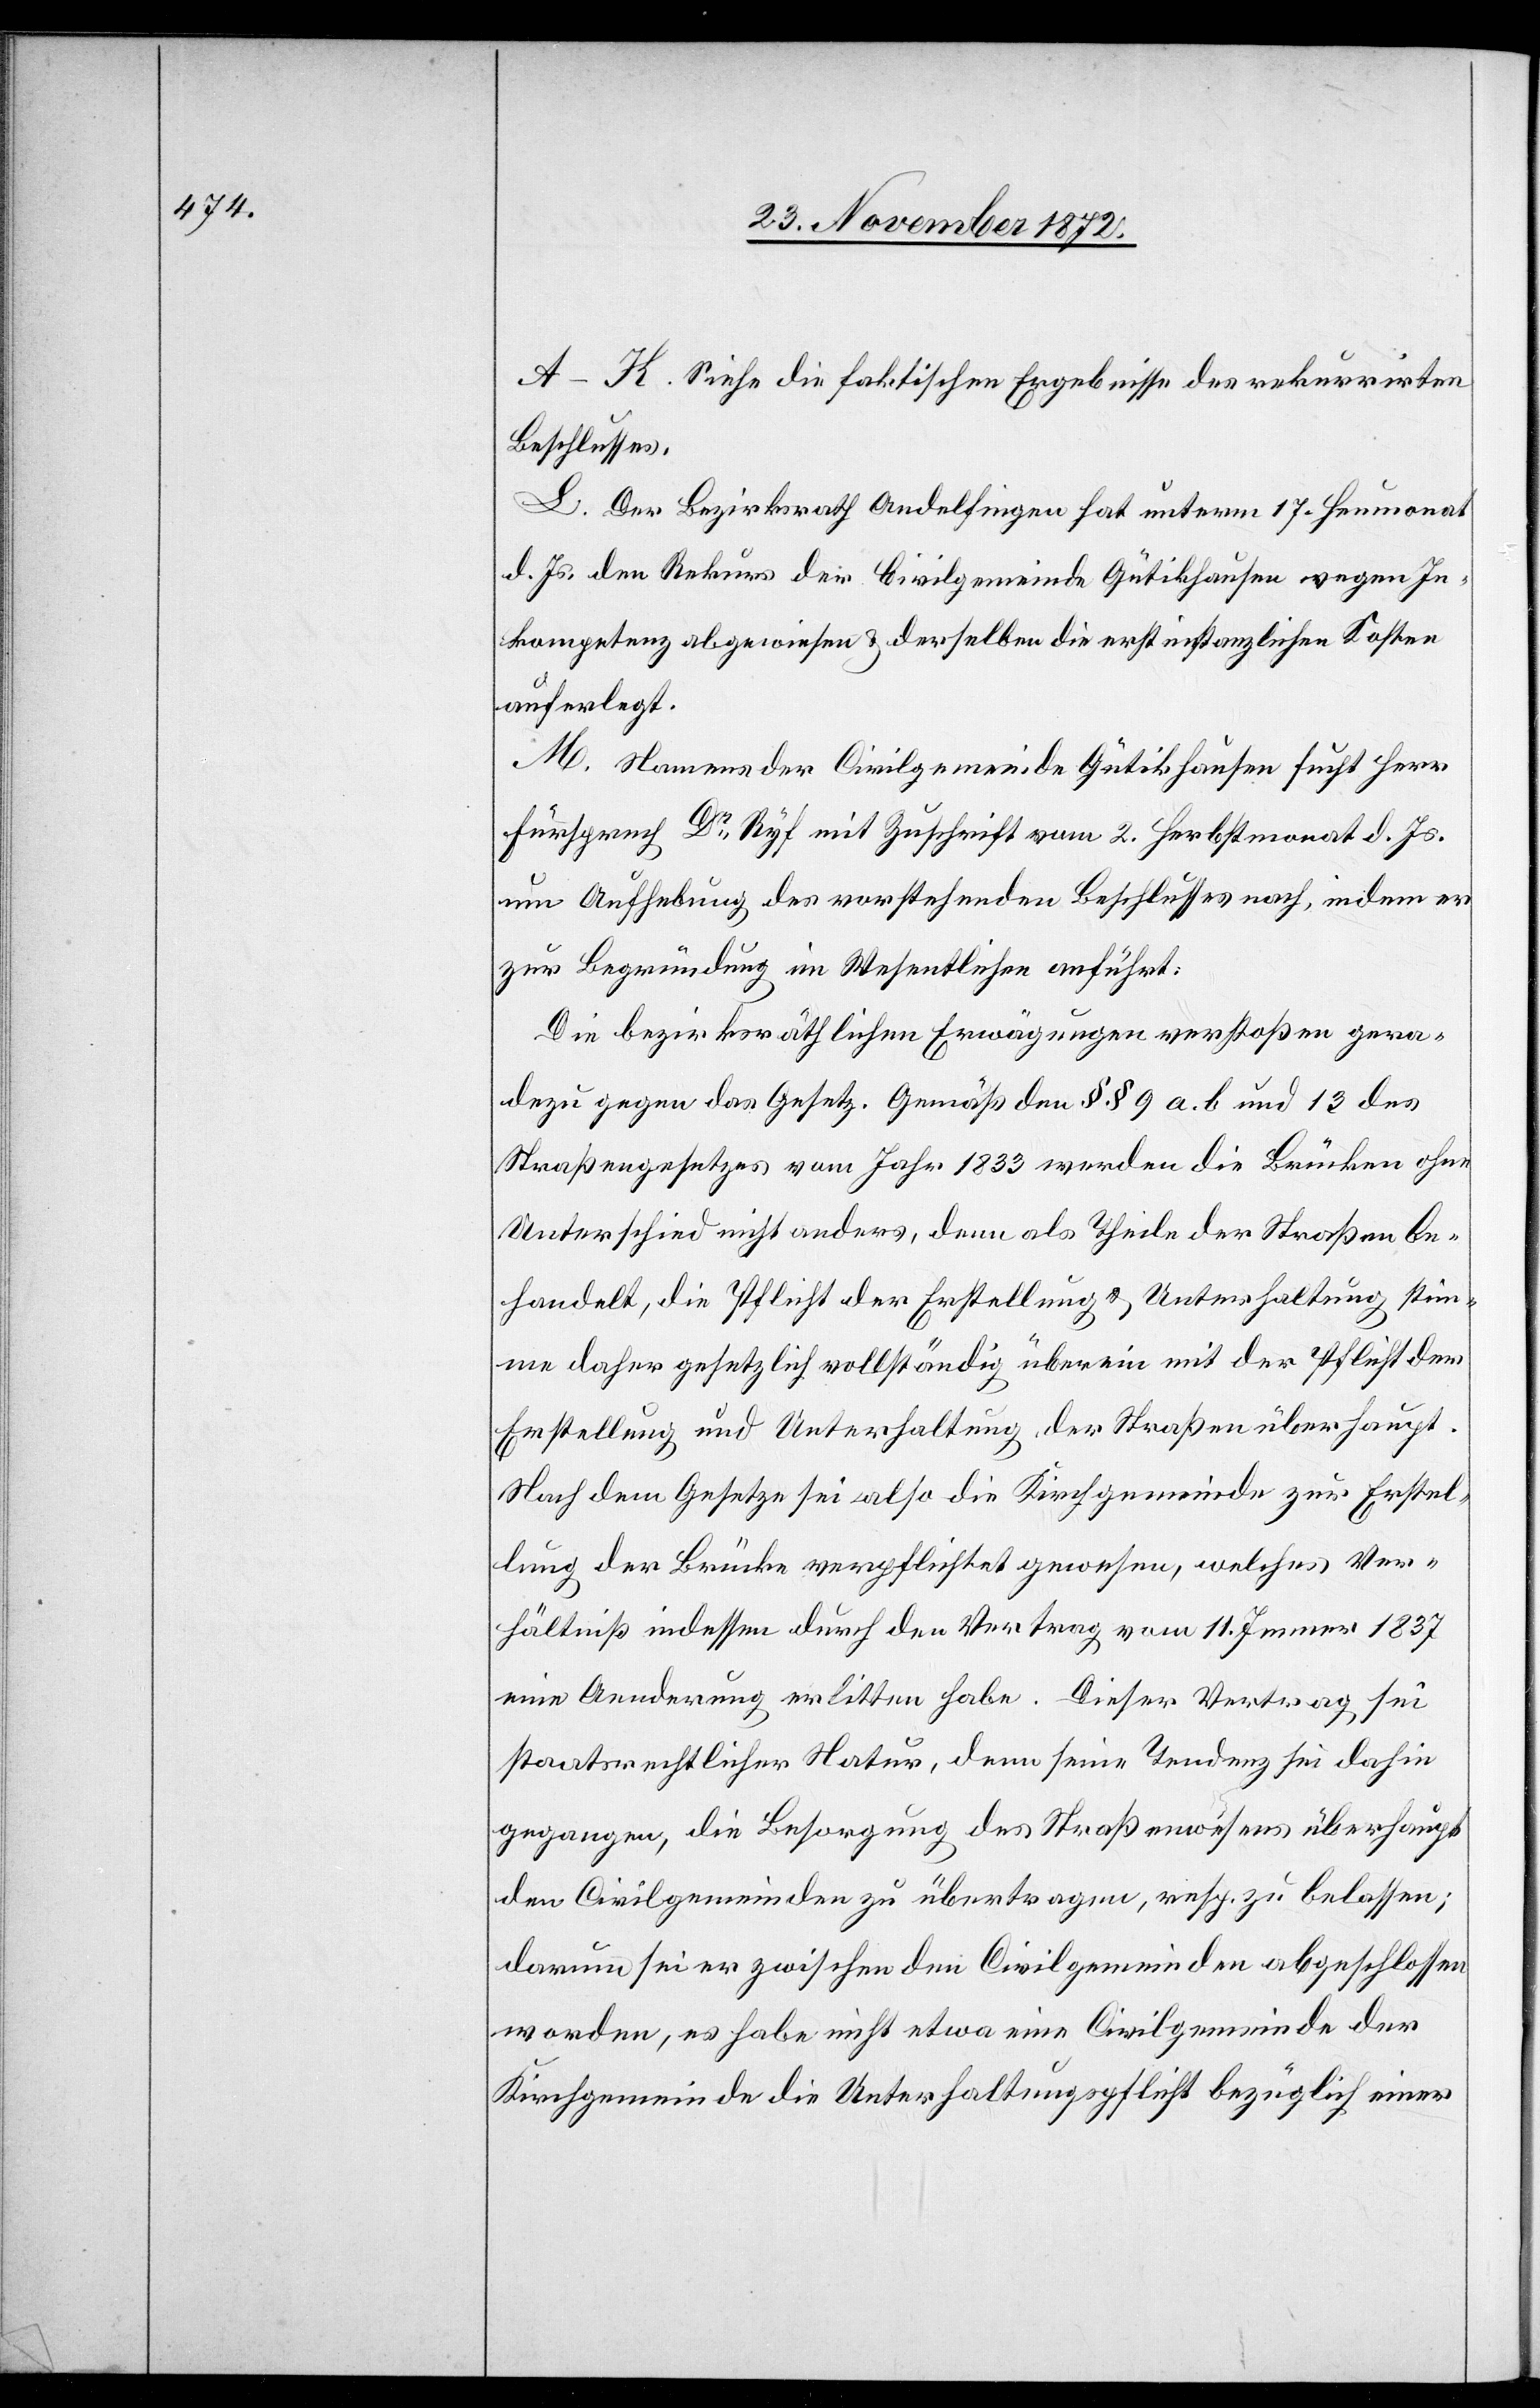
A–K. Siehe die faktischen Ergebnisse des rekurrirten
Beschlusses.
L. Der Bezirksrath Andelfingen hat unterm 17. Heumonat
d. Js. den Rekurs der Civilgemeinde Gütikhausen wegen In¬
kompetenz abgewiesen u. derselben die erstinstanzlichen Kosten
auferlegt.
M. Namens der Civilgemeinde Gütikhausen sucht Herr
Fürsprech Dr Ryf mit Zuschrift vom 2. Herbstmonat d. Js.
um Aufhebung des vorstehenden Beschlusses nach, indem er
zur Begründung im Wesentlichen anführt:
Die bezirksräthlichen Erwägungen verstoßen gera¬
dezu gegen das Gesetz. Gemäß den §§ 9 a. b und 13 des
Straßengesetzes vom Jahr 1833 werden die Brücken ohne
Unterschied nicht anders, denn als Theile der Straßen be¬
handelt, die Pflicht der Erstellung u. Unterhaltung stim¬
me daher gesetzlich vollständig überein mit der Pflicht der
Erstellung und Unterhaltung der Straßen überhaupt.
Nach dem Gesetze sei also die Kirchgemeinde zur Erstel¬
lung der Brücke verpflichtet gewesen, welches Ver¬
hältniß indessen durch den Vertrag vom 11. Jenner 1837
eine Aenderung erlitten habe. Dieser Vertrag sei
staatsrechtlicher Natur, denn seine Tendenz sei dahin
gegangen, die Besorgung des Straßenwesens überhaupt
den Civilgemeinden zu übertragen, resp. zu belassen;
darum sei er zwischen den Civilgemeinden abgeschlossen
worden, es habe nicht etwa eine Civilgemeinde der
Kirchgemeinde die Unterhaltungspflicht bezüglich einer